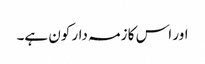
اور اس کا زمہ دار کون ہے۔